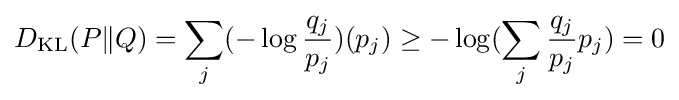
D_{\mathrm {KL} }(P\|Q)=\sum _{j}(-\log {\frac {q_{j}}{p_{j}}})(p_{j})\geq -\log(\sum _{j}{\frac {q_{j}}{p_{j}}}p_{j})=0